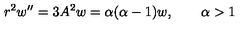
r ^ { 2 } w ^ { \prime \prime } = 3 A ^ { 2 } w = \alpha ( \alpha - 1 ) w , \qquad \alpha > 1